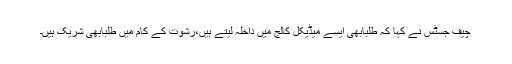
چیف جسٹس نے کہا کہ طلبابھی ایسے میڈیکل کالج میں داخلہ لیتے ہیں،رشوت کے کام میں طلبابھی شریک ہیں۔